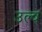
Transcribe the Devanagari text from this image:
उल्व